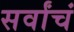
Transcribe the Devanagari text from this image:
सर्वांचं